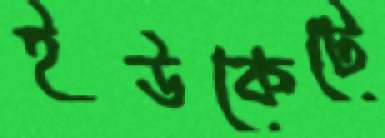
ইউকেটে